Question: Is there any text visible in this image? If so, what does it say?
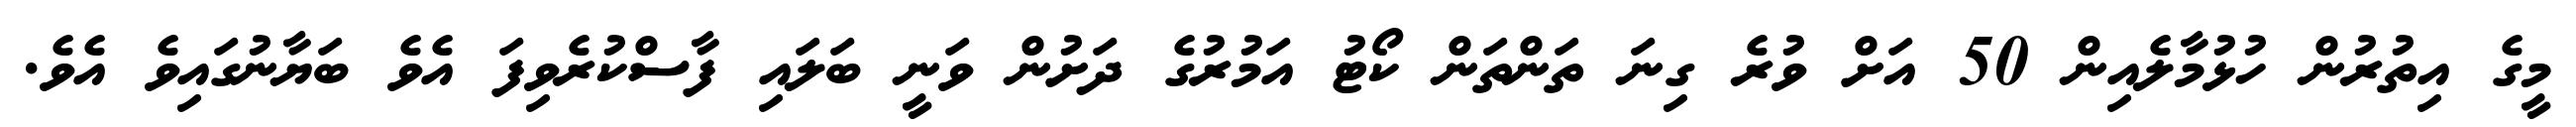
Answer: މީގެ އިތުރުން ހުޅުމާލެއިން 50 އަށް ވުރެ ގިނަ ތަންތަން ކޯޓު އަމުރުގެ ދަށުން ވަނީ ބަލައި ފާސްކުރެވިފަ އެވެ ބަޔާނުގައިވެ އެވެ.